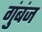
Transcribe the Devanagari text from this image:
गुंबंज